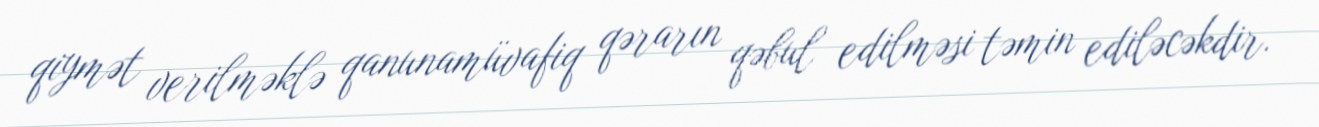
qiymət verilməklə qanunamüvafiq qərarın qəbul edilməsi təmin ediləcəkdir.